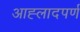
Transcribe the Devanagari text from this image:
आह्लादपर्ण